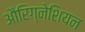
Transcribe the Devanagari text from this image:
औरिग्नेशियन